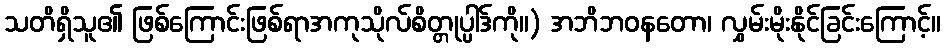
သတိရှိသူ၏ ဖြစ်ကြောင်းဖြစ်ရာအကုသိုလ်စိတ္တုပ္ပါဒ်ကို။) အဘိဘဝနတော၊ လွှမ်းမိုးနိုင်ခြင်းကြောင့်။